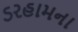
ડરહામના